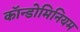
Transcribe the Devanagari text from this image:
कॉन्डोमिनियम